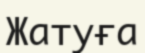
Жатуға